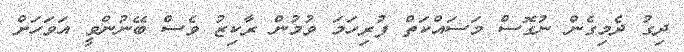
ދިގު ދެމިގެން ނުގޮސް މަސައްކަތް ފުރިހަމަ ވުމުން ރާކިޒު ވެސް ބޭނުންވީ އަވަހަށް